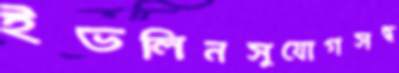
ইভলিনসুযোগসন্ধ